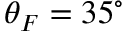
\theta _ { F } = 3 5 ^ { \circ }